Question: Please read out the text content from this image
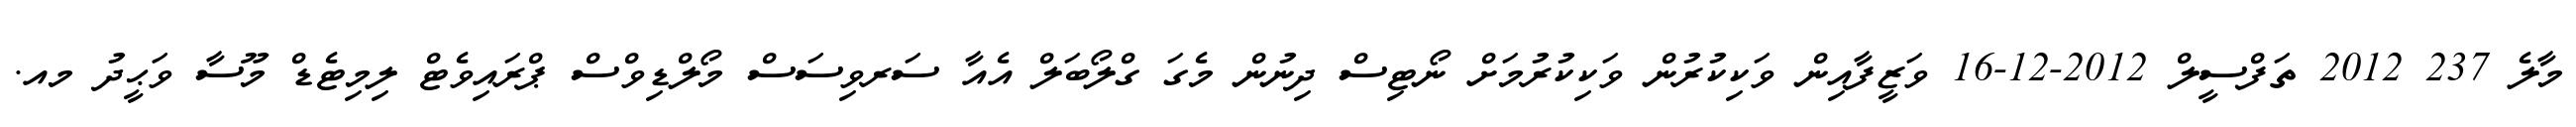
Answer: މާލެ 237 2012 ތަފްސީލް 2012-12-16 ވަޒީފާއިން ވަކިކުރުން ވަކިކުރުމަށް ނޯޓިސް ދިނުން މެގަ ގްލޯބަލް އެއާ ސަރވިސަސް މޯލްޑިވްސް ޕްރައިވެޓް ލިމިޓެޑް މޫސާ ވަޙީދު މއ.